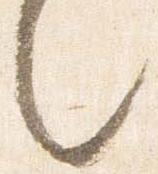
々